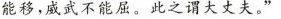
能移，威武不能屈。此之谓大丈夫。